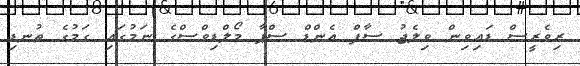
ރިވެރީސް ޑައިވިން ވިލެޖު ސާފް އެންޑް ސްޕާ މޯލްޑިވްސްގެ ނަމުގައި ގަމުގެ ތުނޑި